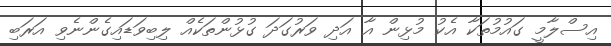
އިސްލާމީ ގައުމުތަކާ އެކު މުޅިން އާ އަދި ވަރުގަދަ ގުޅުންތަކެއް ލިބިވަޑައިގެންނެވި އަރަބި